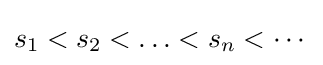
s_{1}<s_{2}<\ldots <s_{n}<\cdots